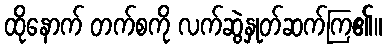
ထိုနောက် တက်စကို လက်ဆွဲနှုတ်ဆက်ကြ၏။